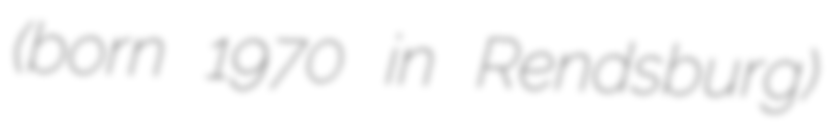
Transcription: (born 1970 in Rendsburg)